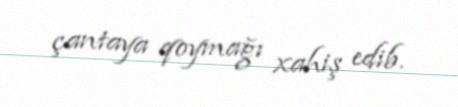
çantaya qoymağı xahiş edib.